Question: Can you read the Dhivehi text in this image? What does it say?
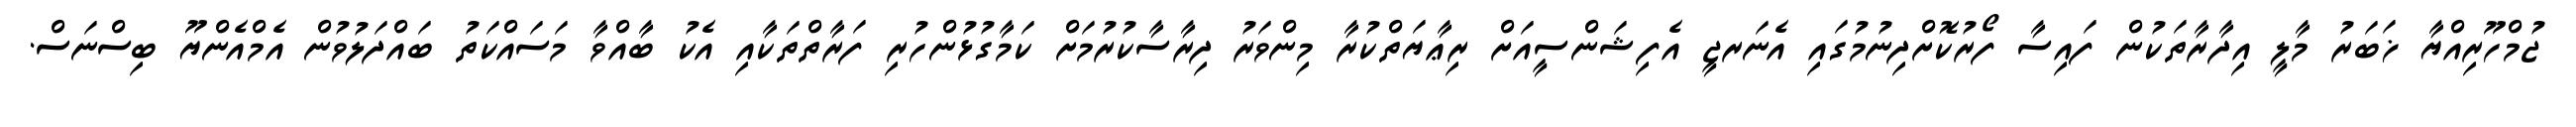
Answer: ޖުމްހޫރިއްޔާ ޚަބަރު މާލީ އިދާރާތަކުން ފައިސާ ފޯރުކޮށްދިނުމުގައި އެނަރޖީ އެފިޝަންސީއަށް ރިޢާޔަތްކުރާ މިންވަރު ދިރާސާކުރުމަށް ކަމާގުޅުންހުރި ފަރާތްތަކާއި އެކު ބާއްވާ މަސައްކަތު ބައްދަލުވުން އެމްއެންޔޫ ބިސްނަސް.